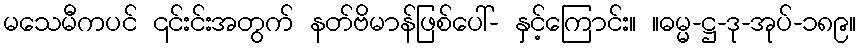
မသေမီကပင် ၎င်းင်းအတွက် နတ်ဗိမာန်ဖြစ်ပေါ်- နှင့်ကြောင်း။ ။ဓမ္မ-ဋ္ဌ-ဒု-အုပ်-၁၈၉။